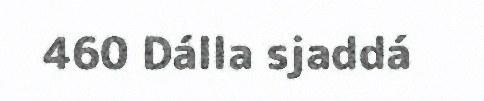
460 Dálla sjaddá